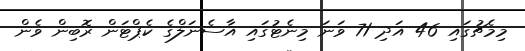
މިމެޗުގައި 46 އަދި 71 ވަނަ މިނެޓުގައި އާސެނަލްގެ ކެޕްޓަން ރޮބިން ވެން